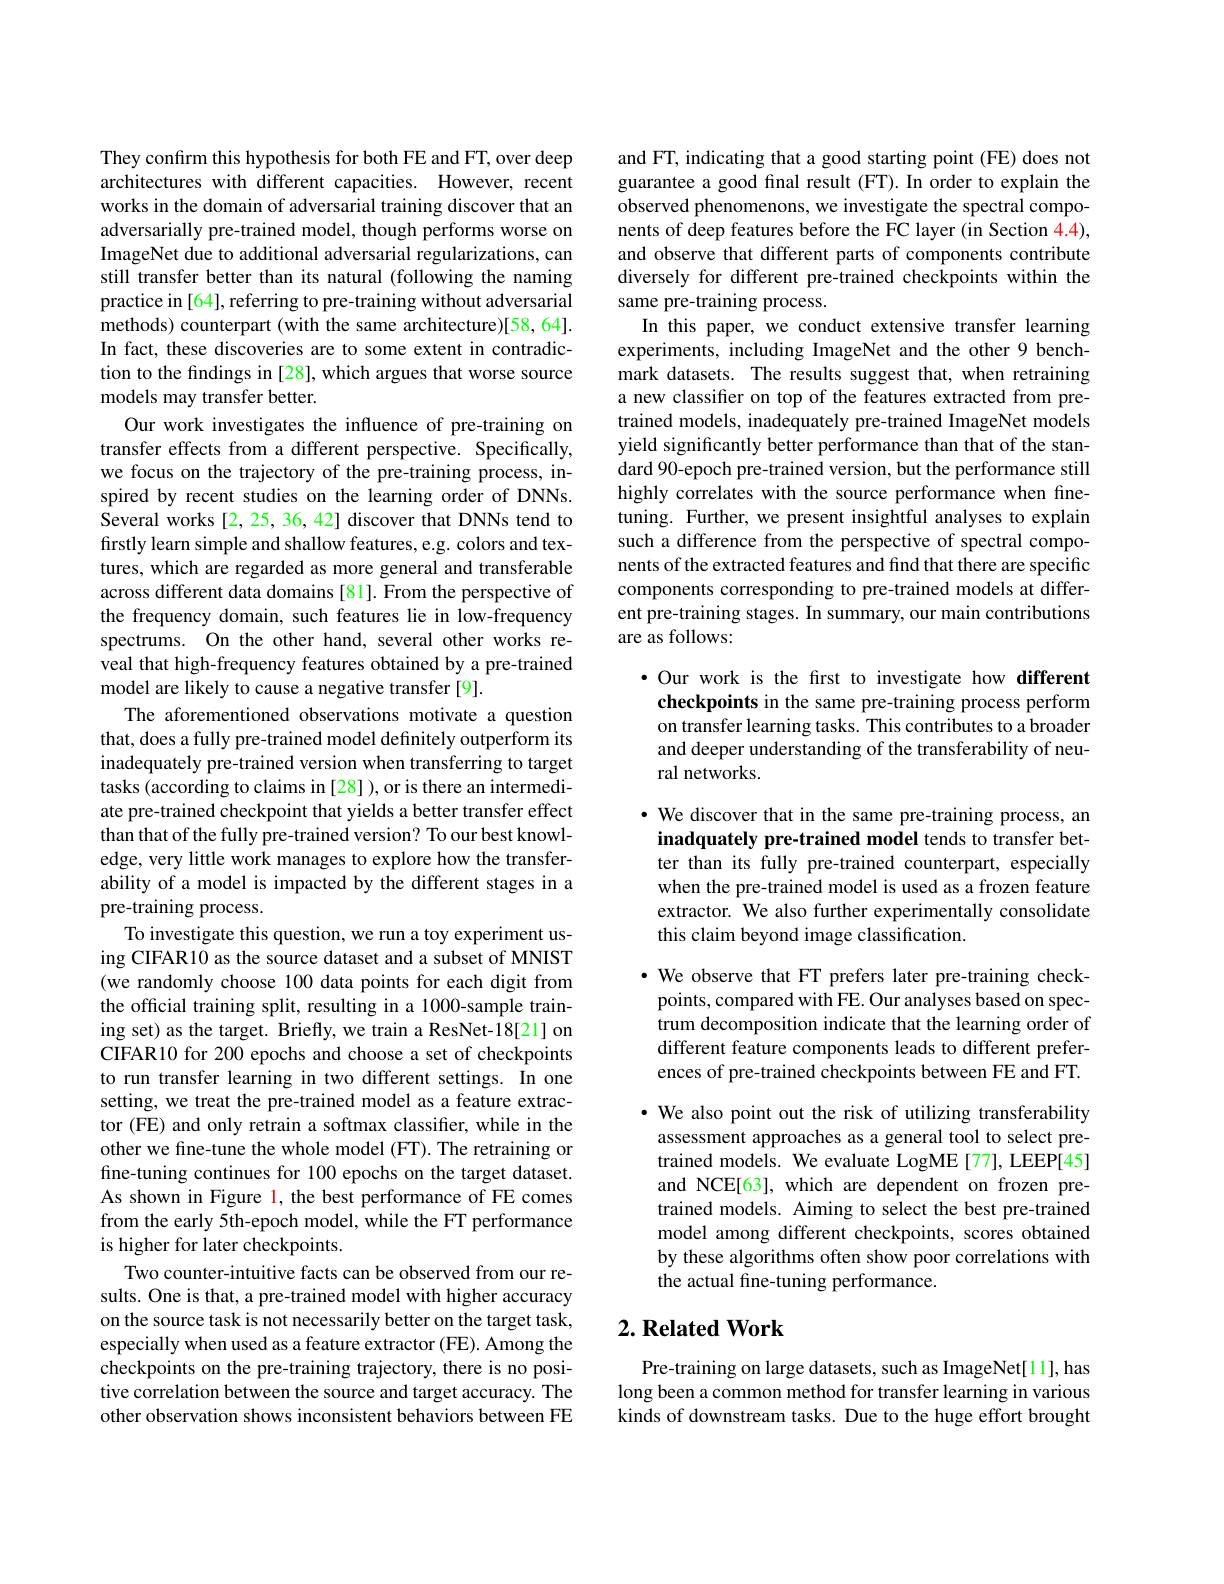
They confirm this hypothesis for both FE and FT, over deep architectures with different capacities. However, recent works in the domain of adversarial training discover that an adversarially pre-trained model, though performs worse on ImageNet due to additional adversarial regularizations, can still transfer better than its natural (following the naming practice in [64], referring to pre-training without adversarial methods) counterpart (with the same architecture)[58,64]. In fact, these discoveries are to some extent in contradiction to the findings in [28], which argues that worse source models may transfer better.
Our work investigates the influence of pre-training on transfer effects from a different perspective. Specifically, we focus on the trajectory of the pre-training process, inspired by recent studies on the learning order of DNNs. Several works [2, 25, 36, 42] discover that DNNs tend to firstly learn simple and shallow features, e.g. colors and textures, which are regarded as more general and transferable across different data domains[81]. From the perspective of the frequency domain, such features lie in low-frequency spectrums. On the other hand, several other works reveal that high-frequency features obtained by a pre-trained model are likely to cause a negative transfer [9].
The aforementioned observations motivate a question that, does a fully pre-trained model definitely outperform its inadequately pre-trained version when transferring to target tasks (according to claims in [28] ), or is there an intermediate pre-trained checkpoint that yields a better transfer effect than that of the fully pre-trained version? To our best knowledge, very little work manages to explore how the transferability of a model is impacted by the different stages in a pre-training process.
To investigate this question, we run a toy experiment using CIFAR10 as the source dataset and a subset of MNIST (we randomly choose 100 data points for each digit from the official training split, resulting in a 1000-sample training set) as the target. Briefly, we train a ResNet-18[21] on CIFAR10 for 200 epochs and choose a set of checkpoints to run transfer learning in two different settings. In one setting, we treat the pre-trained model as a feature extractor (FE) and only retrain a softmax classifier, while in the other we fine-tune the whole model (FT). The retraining or fine-tuning continues for 100 epochs on the target dataset. As shown in Figure l, the best performance of FE comes from the early 5th-epoch model, while the FT performance is higher for later checkpoints.
Two counter-intuitive facts can be observed from our results. One is that, a pre-trained model with higher accuracy on the source task is not necessarily better on the target task, especially when used as a feature extractor (FE). Among the checkpoints on the pre-training trajectory, there is no positive correlation between the source and target accuracy. The other observation shows inconsistent behaviors between FE

and FT, indicating that a good starting point (FE) does not guarantee a good final result (FT). In order to explain the observed phenomenons, we investigate the spectral components of deep features before the FC layer (in Section 4.4), and observe that different parts of components contribute diversely for different pre-trained checkpoints within the same pre-training process.
In this paper, we conduct extensive transfer learning experiments, including ImageNet and the other 9 benchmark datasets. The results suggest that, when retraining a new classifier on top of the features extracted from pretrained models, inadequately pre-trained ImageNet models yield significantly better performance than that of the standard 90-epoch pre-trained version, but the performance still highly correlates with the source performance when finetuning. Further, we present insightful analyses to explain such a difference from the perspective of spectral components of the extracted features and find that there are specific components corresponding to pre-trained models at different pre-training stages. In summary, our main contributions are as follows:

$\cdot$ Our work is the first to investigate how different checkpoints in the same pre-training process perform on transfer learning tasks. This contributes to a broader and deeper understanding of the transferability of neural networks.

$\cdot$ We discover that in the same pre-training process, an inadquately pre-trained model tends to transfer better than its fully pre-trained counterpart, especially when the pre-trained model is used as a frozen feature extractor. We also further experimentally consolidate this claim beyond image classification

·We observe that FT prefers later pre-training checkpoints, compared with FE. Our analyses based on spectrum decomposition indicate that the learning order of different feature components leads to different preferences of pre-trained checkpoints between FE and FT.

$\cdot$ We also point out the risk of utilizing transferability assessment approaches as a general tool to select pretrained models. We evaluate LogME [77], LEEP[45] and NCE[63], which are dependent on frozen pretrained models. Aiming to select the best pre-trained model among different checkpoints, scores obtained by these algorithms often show poor correlations with the actual fine-tuning performance.

## $2. \textbf{ Related Work}$

Pre-training on large datasets, such as ImageNet[11], has long been a common method for transfer learning in various kinds of downstream tasks. Due to the huge effort brought